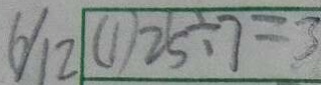
6 / 1 2 ( 1 ) 2 5 \div 7 = 3